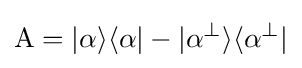
\mathrm {A} =|\alpha \rangle \langle \alpha |-|\alpha ^{\perp }\rangle \langle \alpha ^{\perp }|